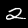
Label: 2